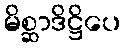
မိစ္ဆာဒိဋ္ဌိပေ